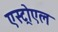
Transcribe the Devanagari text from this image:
एस्ट्रोएल